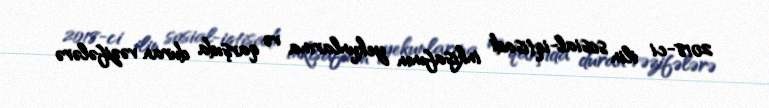
2018-ci ilin sosial-iqtisadi inkişafının yekunlarına və qarşıda duran vəzifələrə